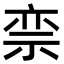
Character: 𬒵